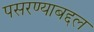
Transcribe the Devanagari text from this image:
पसरण्याबद्दल